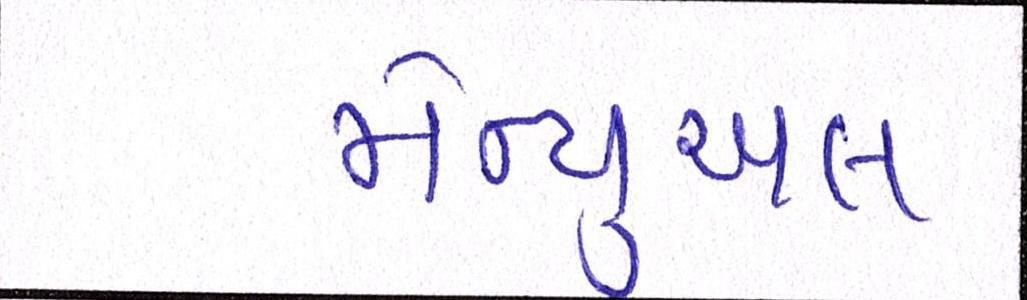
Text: મેન્યુઅલ